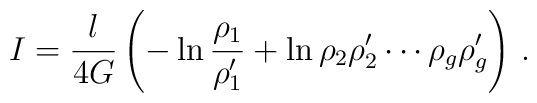
I = {l\over 4G} \left( - \ln{\rho_1\over \rho_1'} + \ln{\rho_2\rho_2'\cdots\rho_g\rho_g'} \right) \,.